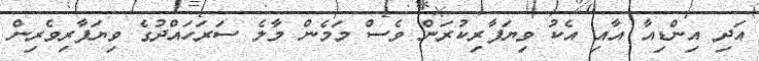
އަދި އިންޑިއާ އާއި އެކު ވިޔަފާރިކުރަން ވެސް މަމެން މާލެ ސަރަހައްދުގެ ވިޔަފާރިވެރިން